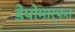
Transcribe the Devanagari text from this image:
डेपोमार्फत